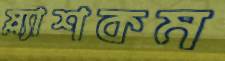
স্ল্যাশকম